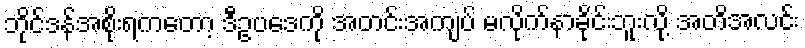
ဘိုင်ဒန်အစိုးရကတော့ ဒီဥပဒေကို အတင်းအကျပ် မလိုက်နာခိုင်းဘူးလို့ အတိအလင်း